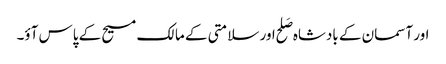
اور آسمان کے بادشاہ صَلح اور سلامتی کے مالک مسیح کے پاس آؤ۔